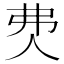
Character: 𰁰